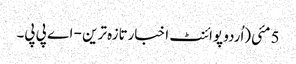
5 مئی(اُردو پوائنٹ اخبارتازہ ترین - اے پی پی۔